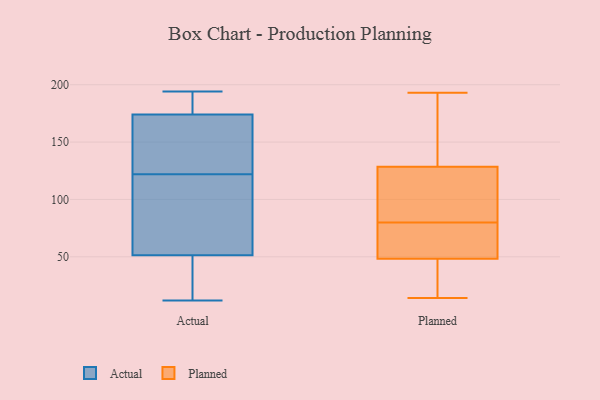
{"axis": {"x": "Production Output", "y": "Value"}, "legend": ["Actual", "Planned"], "data": [{"x": "", "y": 183, "type": "Actual"}, {"x": "", "y": 194, "type": "Actual"}, {"x": "", "y": 18, "type": "Actual"}, {"x": "", "y": 120, "type": "Actual"}, {"x": "", "y": 55, "type": "Actual"}, {"x": "", "y": 147, "type": "Actual"}, {"x": "", "y": 191, "type": "Actual"}, {"x": "", "y": 132, "type": "Actual"}, {"x": "", "y": 50, "type": "Actual"}, {"x": "", "y": 12, "type": "Actual"}, {"x": "", "y": 122, "type": "Actual"}, {"x": "", "y": 80, "type": "Planned"}, {"x": "", "y": 101, "type": "Planned"}, {"x": "", "y": 139, "type": "Planned"}, {"x": "", "y": 193, "type": "Planned"}, {"x": "", "y": 17, "type": "Planned"}, {"x": "", "y": 100, "type": "Planned"}, {"x": "", "y": 191, "type": "Planned"}, {"x": "", "y": 49, "type": "Planned"}, {"x": "", "y": 46, "type": "Planned"}, {"x": "", "y": 125, "type": "Planned"}, {"x": "", "y": 72, "type": "Planned"}, {"x": "", "y": 69, "type": "Planned"}, {"x": "", "y": 14, "type": "Planned"}]}